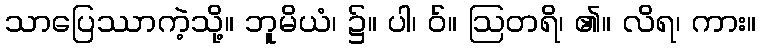
သာပြေဿာကဲ့သို့။ ဘူမိယံ၊ ၌။ ပါ၊ ဝ်။ ဩတရိ၊ ၏။ လိရ၊ ကား။